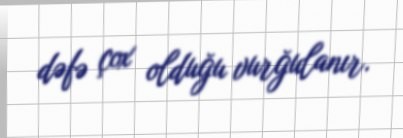
dəfə çox olduğu vurğulanır.